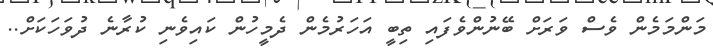
މަންމަމެން ވެސް ވަރަށް ބޭނުންވެފައި ތިބީ އަހަރުމެން ދެމީހުން ކައިވެނި ކުރާނެ ދުވަހަކަށް..